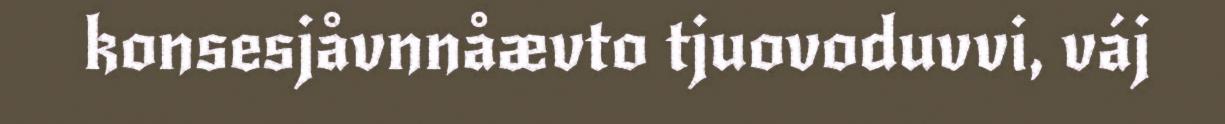
konsesjåvnnåævto tjuovoduvvi, váj